Rangoon Lunatic Asylum 1898-1906 - 1898-1906
Year: 1898
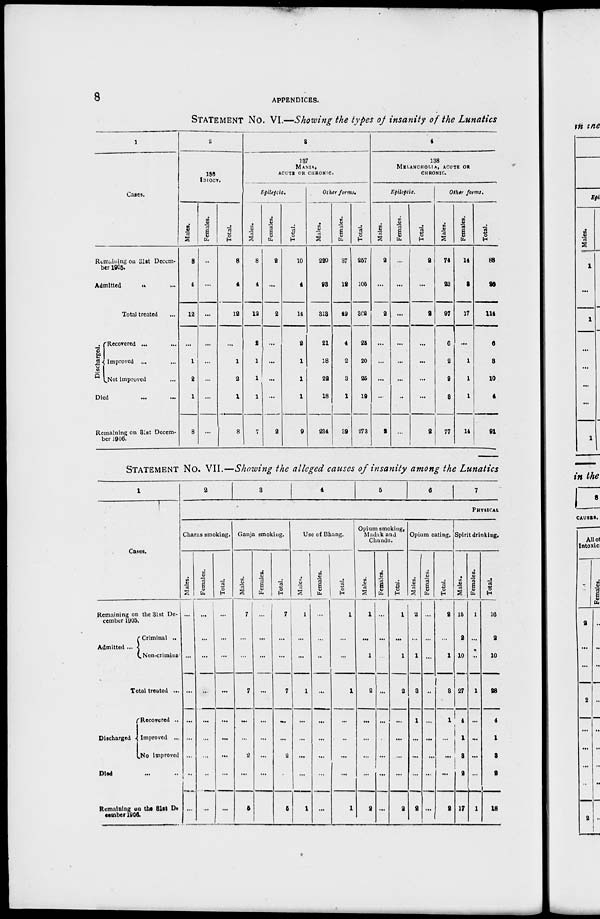
8
APPENDICES.
STATEMENT No. VI.—Showing the types of insanity of the Lunatics
1
Cases.
Remaining on 31st Decem-
ber 1905.
Admitted
... ...
Total treated ...
Discharged.
Recovered ...
Improved ...
Not improved
Died ... ...
Remaining on 31st Decem-
ber 1906.
2
136
IDIOCY.
Males.
8
4
12
...
1
2
1
8
Females.
...
...
...
...
...
...
...
...
Total.
8
4
12
...
1
2
1
8
3
137
MANIA,
ACUTE OR CHRONIC.
Epileptic.
Males.
8
4
12
2
1
1
1
7
Females.
2
...
2
...
...
...
...
2
Total.
10
4
14
2
1
1
1
9
Other forms.
Males.
220
93
313
21
18
22
18
234
Females.
37
12
49
4
2
3
1
39
Total.
257
105
362
25
20
25
19
273
4
138
MELANCHOLIA, ACUTE OR
CHRONIC.
Epileptic.
Males.
2
...
2
...
...
...
...
2
Females.
...
...
...
...
...
...
...
...
Total.
2
...
2
...
...
...
...
2
Other forms.
Males.
74
23
97
6
2
9
3
77
Females.
14
3
17
...
1
1
1
14
Total.
88
26
114
6
3
10
4
91
STATEMENT No. VII.—Showing the alleged causes of insanity among the Lunatics
1
Cases.
Remaining on the 31st De-
cember 1905.
Admitted ...
Criminal ..
Non-criminal
Total treated ...
Discharged
Recovered ..
Improved ...
Not improved
Died ... ...
Remaining on the 31st De-
cember 1906.
2
3
4
5
6
7
PHYSICAL
Charas smoking.
Males.
...
...
...
...
...
...
...
...
...
Females.
...
...
...
...
...
...
...
...
...
Total.
...
...
...
...
...
...
...
...
...
Ganja smoking.
Males.
7
...
...
7
...
...
2
...
5
Females.
...
...
...
...
...
...
...
...
...
Total.
7
...
...
7
...
...
2
...
5
Use of Bhang.
Males.
1
...
...
1
...
...
...
...
1
Females.
...
...
...
...
...
...
...
...
...
Total.
1
...
...
1
...
...
...
...
1
Opium smoking,
Madak and
Chundu.
Males.
1
...
1
2
...
...
...
...
2
Females.
...
...
...
...
...
...
...
...
...
Total.
1
...
1
2
...
...
...
...
2
Opium eating.
Males.
2
...
1
3
1
...
...
...
2
Females.
...
...
...
...
...
...
...
...
...
Total.
2
...
1
3
1
...
...
...
2
Spirit drinking.
Males.
15
2
10
27
4
1
3
2
17
Females.
1
...
...
1
...
...
...
...
1
Total.
16
2
10
28
4
1
3
2
18